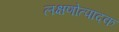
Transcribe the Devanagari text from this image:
लक्षणोत्पादक